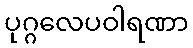
ပုဂ္ဂလေပဝါရဏာ